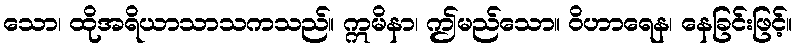
သော၊ ထိုအရိယာသာသကသည်။ ဣမိနာ၊ ဤမည်သော။ ဝိဟာရေန၊ နေခြင်းဖြင့်။